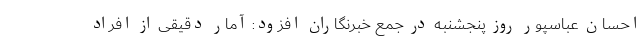
احسان عباسپور روز پنجشنبه در جمع خبرنگاران افزود: آمار دقیقی از افراد